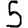
Digit: 5